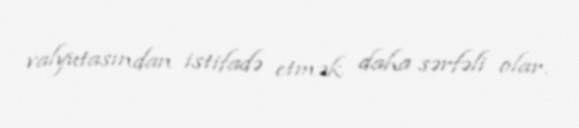
valyutasından istifadə etmək daha sərfəli olar.